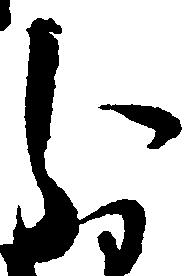
分